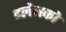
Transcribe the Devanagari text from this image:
ग्लेनको